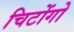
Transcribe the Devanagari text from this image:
चिटोंगो